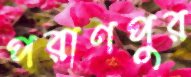
পরাণপুর